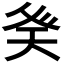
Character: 𭼾